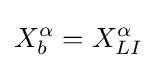
X_{b}^{\alpha }=X_{LI}^{\alpha }